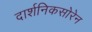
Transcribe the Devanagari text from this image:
दार्शनिकसोरेन